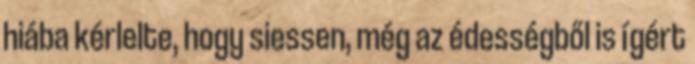
hiába kérlelte, hogy siessen, még az édességből is ígért